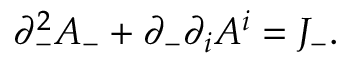
\partial _ { - } ^ { 2 } A _ { - } + \partial _ { - } \partial _ { i } A ^ { i } = J _ { - } .